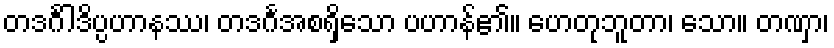
တဒင်္ဂါဒိပ္ပဟာနဿ၊ တဒင်္ဂအစရှိသော ပဟာန်၏။ ဟေတုဘူတာ၊ သော။ တဏှာ၊